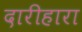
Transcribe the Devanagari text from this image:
दारीहारा